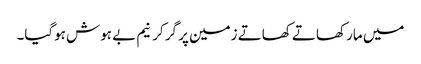
میں مار کھاتے کھاتے زمین پر گر کر نیم بے ہوش ہوگیا۔